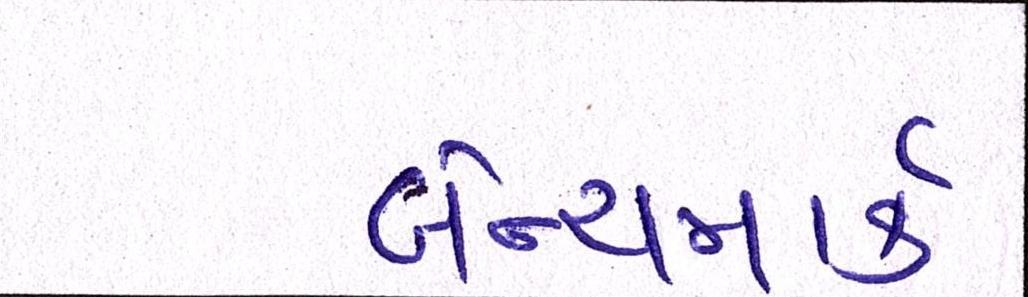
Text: બેન્ચમાર્ક